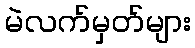
မဲလက်မှတ်များ